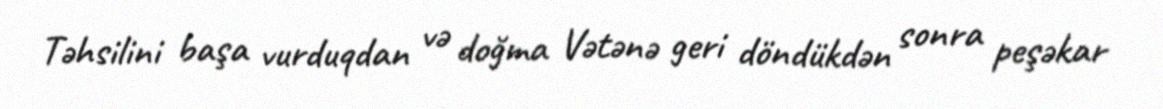
Təhsilini başa vurduqdan və doğma Vətənə geri döndükdən sonra peşəkar